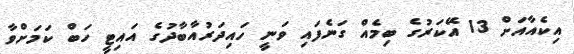
އިކެއާއަށް 13 އޭކަރުގެ ބިމެއް ގަނެފައި ވަނީ ހައިދަރުއާބާދުގެ އައިޓީ ހަބް ކަމަށްވާ